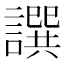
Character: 譔